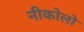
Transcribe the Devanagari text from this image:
नीकोलो